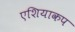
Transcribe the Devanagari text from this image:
एशियाकप